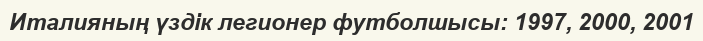
Италияның үздік легионер футболшысы: 1997, 2000, 2001